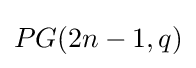
PG(2n-1,q)